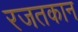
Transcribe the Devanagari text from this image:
रजतकान